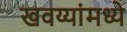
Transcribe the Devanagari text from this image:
खवय्यांमध्ये